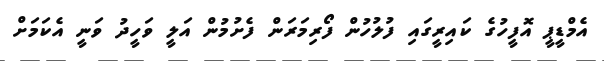
އެމްޑީޕީ އޮފީހުގެ ކައިރީގައި ފުލުހުން ފޯރިމަރަން ފެށުމުން އަލީ ވަހީދު ވަނީ އެކަމަށް